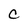
Character: C